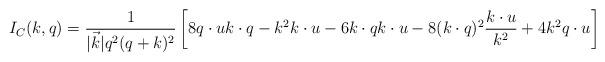
LaTeX: \begin{align*}I_{C}(k,q)=\frac{1}{|\vec k|q^2(q+k)^2}\left[8q\cdot u k\cdot q - k^2 k\cdot u - 6 k\cdot q k\cdot u -8(k\cdot q)^2\frac{k\cdot u}{k^2} + 4 k^2 q\cdot u\right]\end{align*}